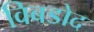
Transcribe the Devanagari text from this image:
विबडोद